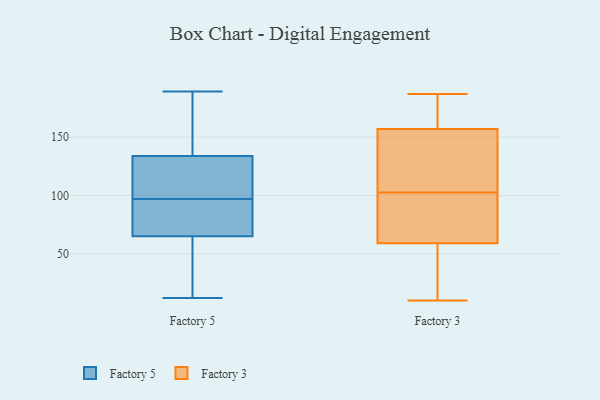
{"axis": {"x": "Shipments", "y": "Value"}, "legend": ["Factory 3", "Factory 5"], "data": [{"x": "", "y": 54, "type": "Factory 5"}, {"x": "", "y": 48, "type": "Factory 5"}, {"x": "", "y": 127, "type": "Factory 5"}, {"x": "", "y": 148, "type": "Factory 5"}, {"x": "", "y": 68, "type": "Factory 5"}, {"x": "", "y": 189, "type": "Factory 5"}, {"x": "", "y": 80, "type": "Factory 5"}, {"x": "", "y": 12, "type": "Factory 5"}, {"x": "", "y": 104, "type": "Factory 5"}, {"x": "", "y": 27, "type": "Factory 5"}, {"x": "", "y": 136, "type": "Factory 5"}, {"x": "", "y": 80, "type": "Factory 5"}, {"x": "", "y": 136, "type": "Factory 5"}, {"x": "", "y": 97, "type": "Factory 5"}, {"x": "", "y": 114, "type": "Factory 5"}, {"x": "", "y": 177, "type": "Factory 5"}, {"x": "", "y": 72, "type": "Factory 5"}, {"x": "", "y": 64, "type": "Factory 5"}, {"x": "", "y": 102, "type": "Factory 5"}, {"x": "", "y": 185, "type": "Factory 3"}, {"x": "", "y": 34, "type": "Factory 3"}, {"x": "", "y": 71, "type": "Factory 3"}, {"x": "", "y": 183, "type": "Factory 3"}, {"x": "", "y": 96, "type": "Factory 3"}, {"x": "", "y": 46, "type": "Factory 3"}, {"x": "", "y": 175, "type": "Factory 3"}, {"x": "", "y": 72, "type": "Factory 3"}, {"x": "", "y": 103, "type": "Factory 3"}, {"x": "", "y": 157, "type": "Factory 3"}, {"x": "", "y": 102, "type": "Factory 3"}, {"x": "", "y": 10, "type": "Factory 3"}, {"x": "", "y": 127, "type": "Factory 3"}, {"x": "", "y": 118, "type": "Factory 3"}, {"x": "", "y": 50, "type": "Factory 3"}, {"x": "", "y": 104, "type": "Factory 3"}, {"x": "", "y": 59, "type": "Factory 3"}, {"x": "", "y": 187, "type": "Factory 3"}]}